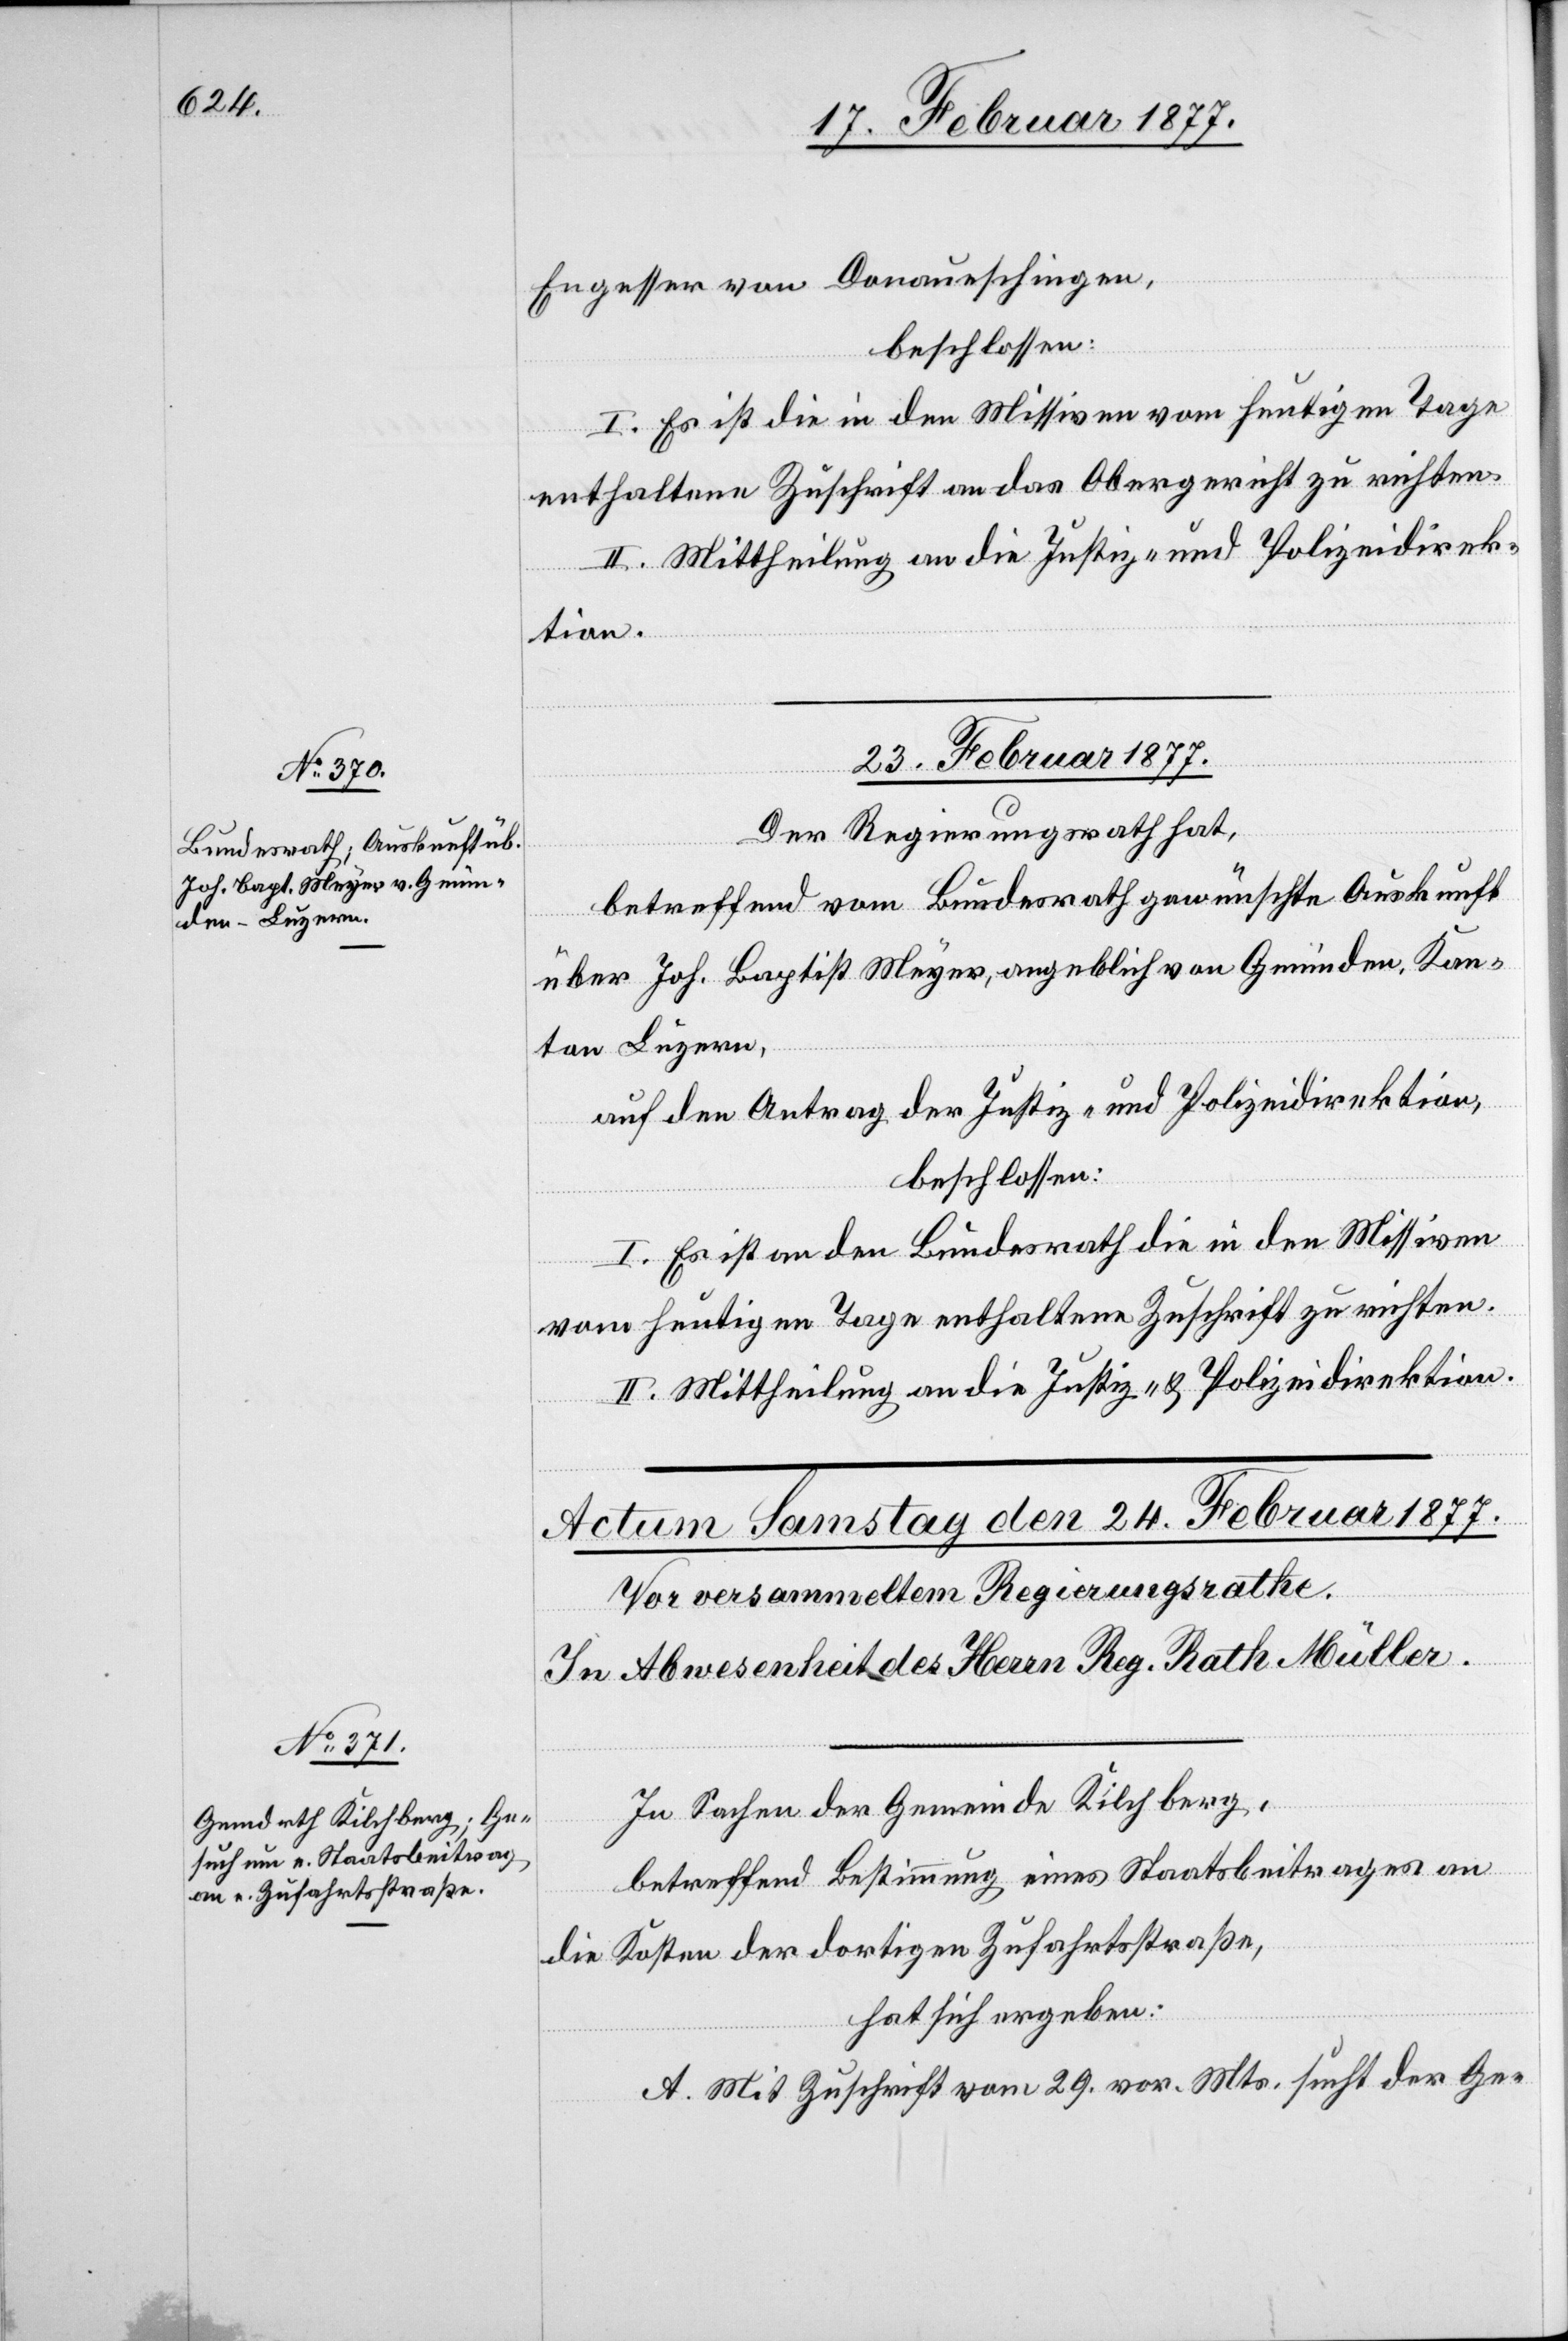
Engesser von Donaueschingen,
beschlossen:
I. Es ist die in den Missiven vom heutigen Tage
enthaltene Zuschrift an das Obergericht zu richten.
II. Mittheilung an die Justiz- und Polizeidirek¬
tion.
23. Februar 1877.
Der Regierungsrath hat,
betreffend vom Bundesrath gewünschte Auskunft
über Joh. Baptist Meyer, angeblich von Gmünden, Kan¬
ton Luzern,
auf den Antrag der Justiz- und Polizeidirektion,
beschlossen:
I. Es ist an den Bundesrath die in den Missiven
vom heutigen Tage enthaltene Zuschrift zu richten.
II. Mittheilung an die Justiz- & Polizeidirektion.
In Sachen der Gemeinde Kilchberg,
betreffend Bestimmung eines Staatsbeitrages an
die Kosten der dortigen Zufahrtsstraße,
hat sich ergeben:
A. Mit Zuschrift vom 29. vor. Mts. sucht der Ge-